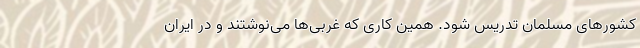
کشورهای مسلمان تدریس شود. همین کاری که غربی‌ها می‌نوشتند و در ایران